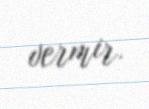
vermir.